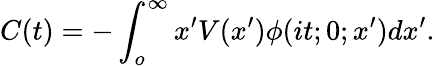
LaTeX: C(t)=-\int_{o}^{\infty}x^{\prime}V(x^{\prime})\phi(it;0;x^{\prime})dx^{\prime}.